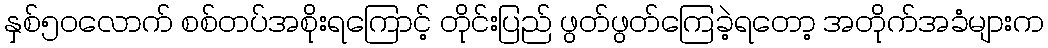
နှစ်၅၀လောက် စစ်တပ်အစိုးရကြောင့် တိုင်းပြည် ဖွတ်ဖွတ်ကြေခဲ့ရတော့ အတိုက်အခံများက